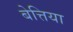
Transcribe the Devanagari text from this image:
बेत्तिया